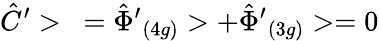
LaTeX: \hat{C}^{\prime}>\ ={\hat{\Phi}^{\prime}}_{(4g)}>+{\hat{\Phi}^{\prime}}_{(3g)}>=0